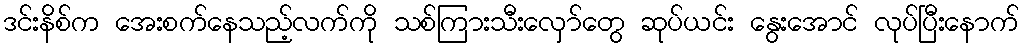
ဒင်းနိစ်က အေးစက်နေသည့်လက်ကို သစ်ကြားသီးလှော်တွေ ဆုပ်ယင်း နွေးအောင် လုပ်ပြီးနောက်